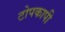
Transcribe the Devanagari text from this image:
टोपकापी